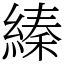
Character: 縥